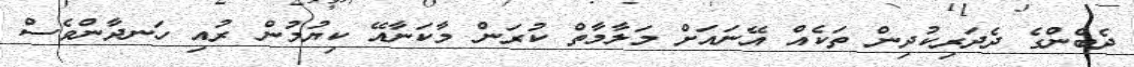
ދެބެންގެ ދެދަރިކުދިން ތަކެއް އޭނައަށް މަލާމާތް ކުރަން މާކަނާއޭ ކިޔުމުން ރުއި ހަނދާންވެސް